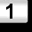
Digit: 1